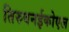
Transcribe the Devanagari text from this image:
तिरुवनईकोएल